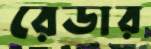
রেডার